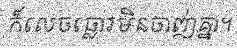
ក៏លេចធ្លោរមិនចាញ់គ្នា។